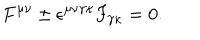
F ^ { \mu \nu } \pm \epsilon ^ { \mu \nu \gamma \kappa } F _ { \gamma \kappa } = 0 .